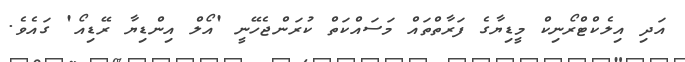
އަދި އިލެކްޓްރޯނިކް މީޑިޔާގެ ފަރާތްތައް މަސައްކަތް ކުރަންޖެހޭނީ 'އޯލް އިންޑިޔާ ރޭޑިއޯ' ގައެވެ.